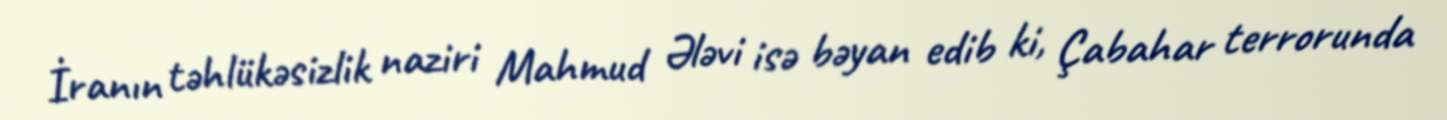
İranın təhlükəsizlik naziri Mahmud Ələvi isə bəyan edib ki, Çabahar terrorunda